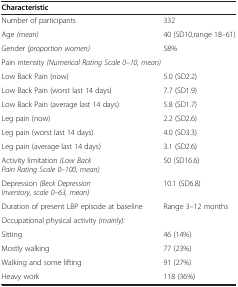
<table><thead><tr><td><b>Characteristic</b></td><td><b> </b></td></tr></thead><tbody><tr><td>Number of participants</td><td>332</td></tr><tr><td>Age <i>(mean)</i></td><td>40 (SD10,range 18–61)</td></tr><tr><td>Gender <i>(proportion women)</i></td><td>58%</td></tr><tr><td>Pain intensity <i>(Numerical Rating Scale 0–10, mean)</i></td><td> </td></tr><tr><td>Low Back Pain (now)</td><td>5.0 (SD2.2)</td></tr><tr><td>Low Back Pain (worst last 14 days)</td><td>7.7 (SD1.9)</td></tr><tr><td>Low Back Pain (average last 14 days)</td><td>5.8 (SD1.7)</td></tr><tr><td>Leg pain (now)</td><td>2.2 (SD2.6)</td></tr><tr><td>Leg pain (worst last 14 days)</td><td>4.0 (SD3.3)</td></tr><tr><td>Leg pain (average last 14 days)</td><td>3.1 (SD2.6)</td></tr><tr><td>Activity limitation <i>(Low Back Pain Rating Scale 0–100, mean)</i></td><td>50 (SD16.6)</td></tr><tr><td>Depression <i>(Beck Depression Inventory, scale 0–63, mean)</i></td><td>10.1 (SD6.8)</td></tr><tr><td>Duration of present LBP episode at baseline</td><td>Range 3–12 months</td></tr><tr><td>Occupational physical activity <i>(mainly):</i></td><td> </td></tr><tr><td>Sitting</td><td>46 (14%)</td></tr><tr><td>Mostly walking</td><td>77 (23%)</td></tr><tr><td>Walking and some lifting</td><td>91 (27%)</td></tr><tr><td>Heavy work</td><td>118 (36%)</td></tr></tbody></table>